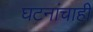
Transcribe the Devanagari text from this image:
घटनांचाही